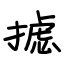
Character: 摅